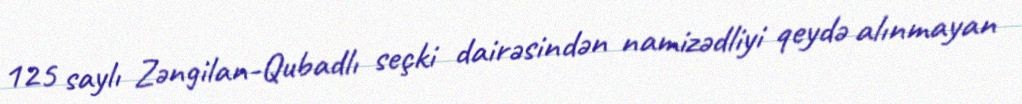
125 saylı Zəngilan-Qubadlı seçki dairəsindən namizədliyi qeydə alınmayan